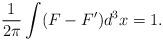
LaTeX: \begin{align*}\frac{1}{2 \pi} \int (F - F') d^3x = 1.\end{align*}